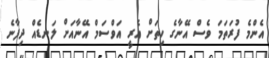
އެންމެ ފުރަތަމަ ވެސް އޭނާގެ ހިތަށް އެރީ އަވްސަމް އޭނާއަށް ލަނޑެއް ދިފާނެ